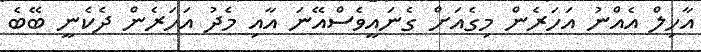
އާހިލް އެއްނު އަހަރެން މިގެއަށް ގެނައީވެސްއޭނަ އާއި މެދު އަހަރެން ދެކެނީ ބޭބެ